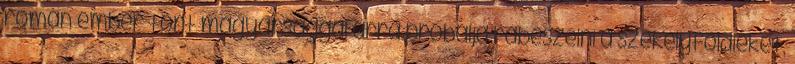
román ember tört magyarsággal arra próbálja rábeszélni a székelyföldieket,